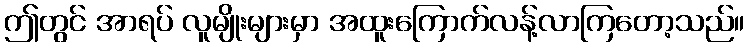
ဤတွင် အာရပ် လူမျိုးများမှာ အထူးကြောက်လန့်လာကြတော့သည်။